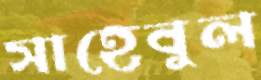
সাহেবুল